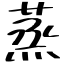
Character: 蒸